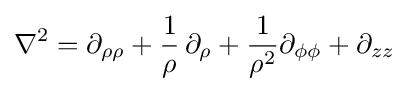
\nabla ^{2}=\partial _{\rho \rho }+{\frac {1}{\rho }}\,\partial _{\rho }+{\frac {1}{\rho ^{2}}}\partial _{\phi \phi }+\partial _{zz}